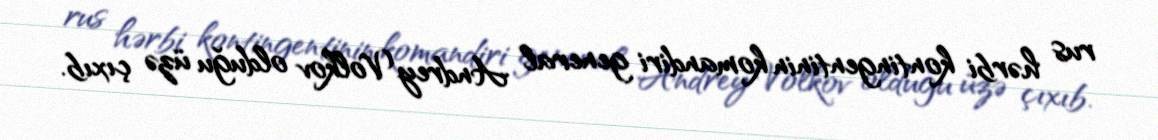
rus hərbi kontingentinin komandiri general Andrey Volkov olduğu üzə çıxıb.